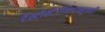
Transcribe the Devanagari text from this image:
टेस्टोस्टेरॉनपासूनही